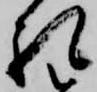
礼